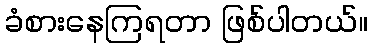
ခံစားနေကြရတာ ဖြစ်ပါတယ်။